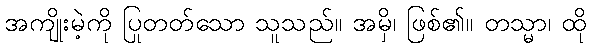
အကျိုးမဲ့ကို ပြုတတ်သော သူသည်။ အမှိ၊ ဖြစ်၏။ တသ္မာ၊ ထို